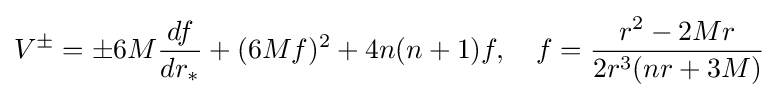
V^{\pm }=\pm 6M{\frac {df}{dr_{*}}}+(6Mf)^{2}+4n(n+1)f,\quad f={\frac {r^{2}-2Mr}{2r^{3}(nr+3M)}}